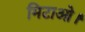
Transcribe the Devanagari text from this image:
मिटाओ।